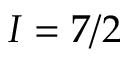
I = 7 / 2